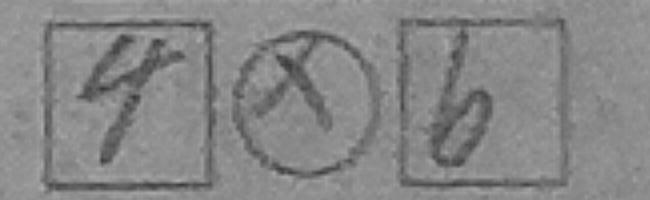
\boxed { 4 } \textcircled { \times } \boxed { 6 }